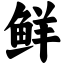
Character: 鲜